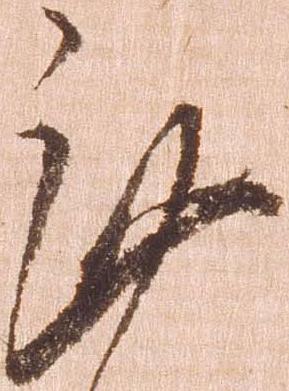
謹